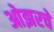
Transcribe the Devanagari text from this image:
ओझरचे